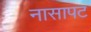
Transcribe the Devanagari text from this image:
नासापट